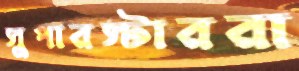
সুপারস্টাররা